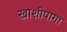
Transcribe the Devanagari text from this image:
खाशीपागा